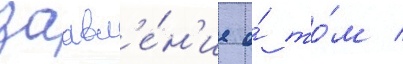
заавл'е́н'ие о́ то́м /